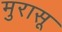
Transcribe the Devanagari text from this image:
मुरासू